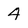
Character: 4